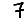
Digit: 7